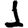
Digit: 1